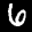
Label: 6